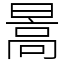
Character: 暠